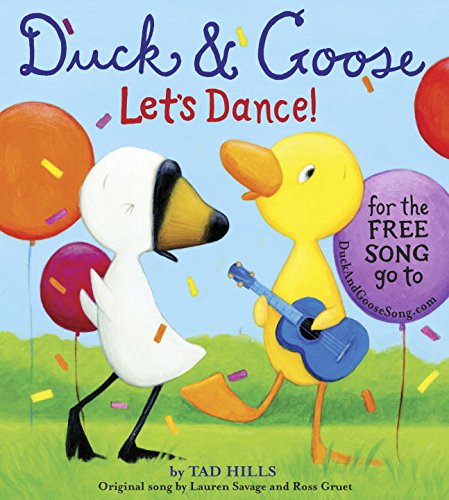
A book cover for Duck & Goose, Let's Dance! (with an original song); Tad Hills; Children's Books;